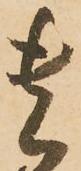
貴